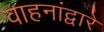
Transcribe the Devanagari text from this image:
वाहनांद्वारे